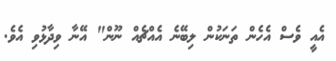
އެއީ ވެސް އެހެން ތަނަކުން ލިބޭނެ އެއްޗެއް ނޫން" އޭނާ ވިދާޅުވި އެވެ.